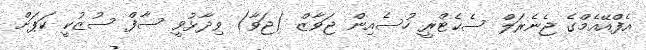
އެފްއޭއެމްގެ ޖެނެރަލް ސެކެޓްރީ ހުސެއިން ޖަވާޒް (ޖަވާ) ވިދާޅުވީ ސާފް ސުޒުކީ ކަޕަށް